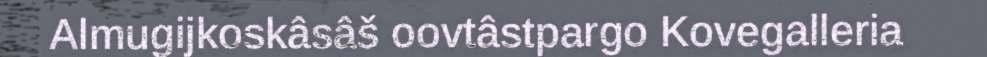
Almugijkoskâsâš oovtâstpargo Kovegalleria